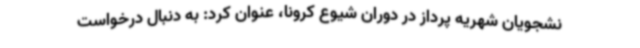
نشجویان شهریه پرداز در دوران شیوع کرونا، عنوان کرد: به دنبال درخواست